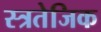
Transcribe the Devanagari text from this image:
स्त्रतेजिक